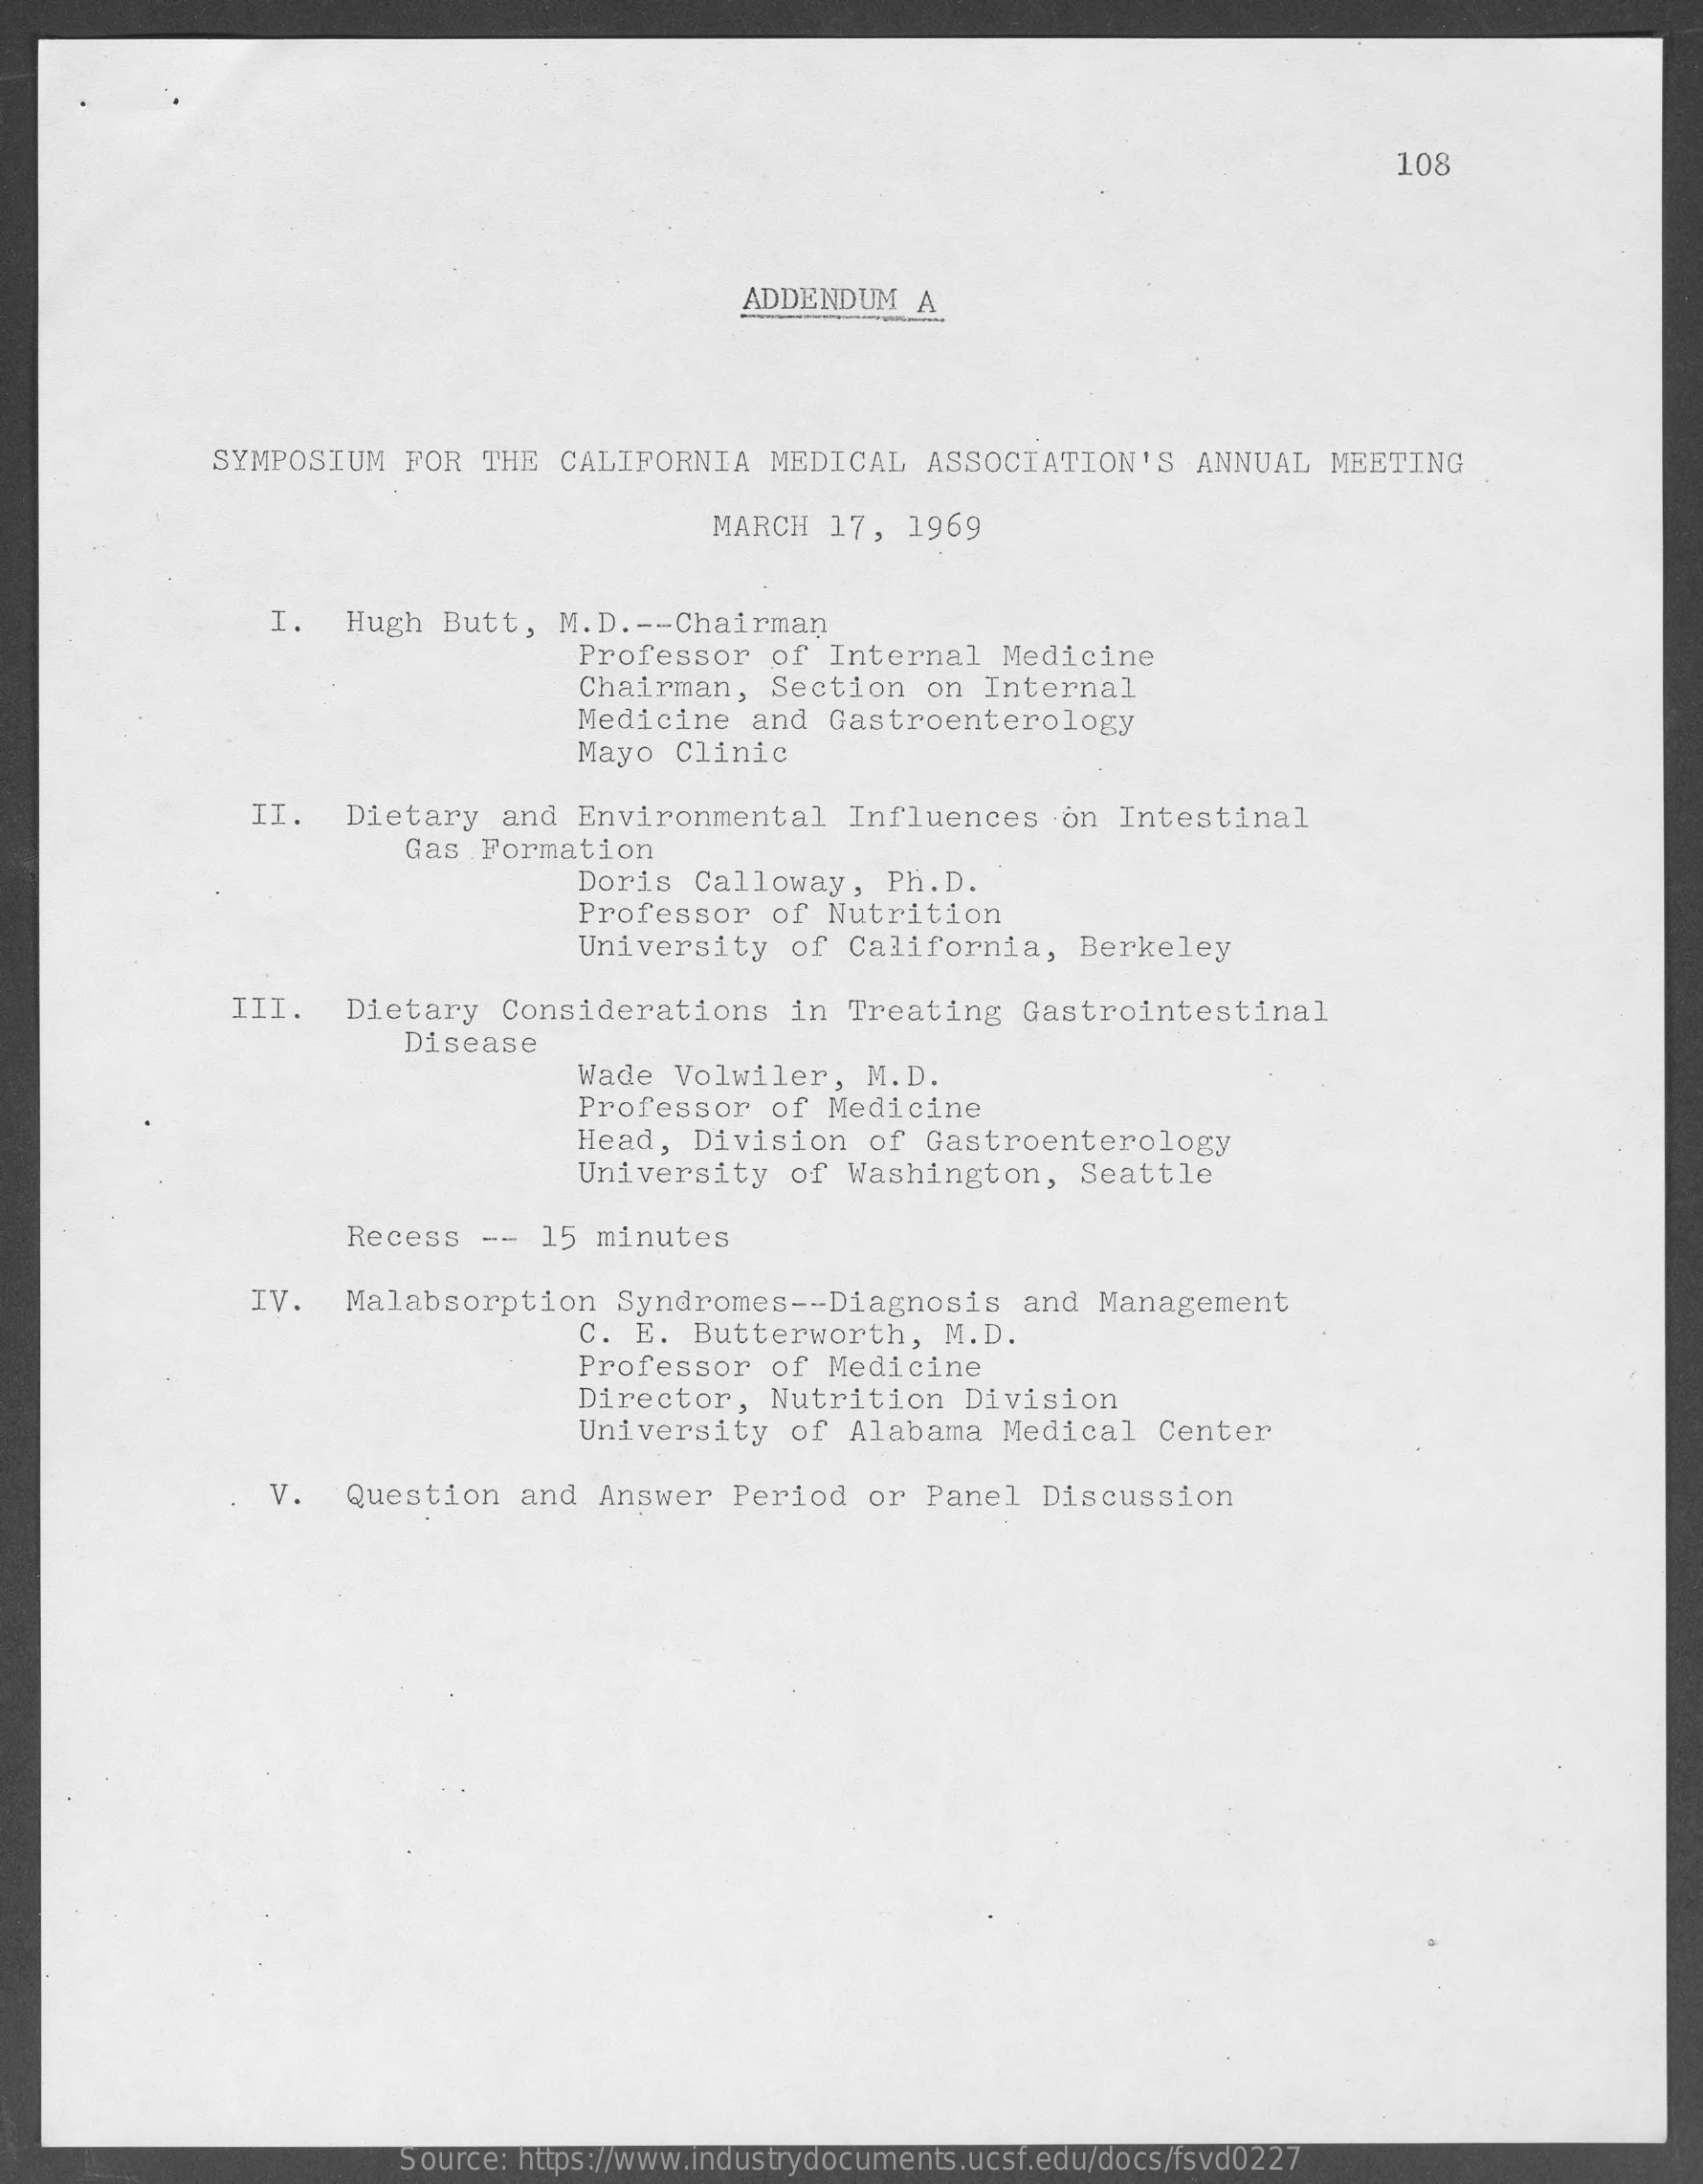
108
     ADDENDUM   A
     SYMPOSIUM   FOR   THE  CALIFORNIA   MEDICAL    ASSOCIATION'S    ANNUAL   MEETING
     MARCH  17,   1969
     I.   Hugh  Butt,  M.D  .-- Chairman
     Professor   of  Internal    Medicine
     Chairman,   Section    on Internal
     Medicine   and  Gastroenterology
     Mayo  Clinic
     II.   Dietary   and  Environmental    Influences    on Intestinal
     Gas  Formation
     Doris  Calloway,    Ph.D.
     Professor    of Nutrition
     University    of California,    Berkeley
     III.    Dietary   Considerations    in  Treating   Gastrointestinal
     Disease
     Wade  Volwiler,    M.D.
     Professor   of  Medicine
     Head,  Division    of Gastroenterology
     University    of Washington,    Seattle
     Recess   -- 15  minutes
     IV.  Malabsorption    Syndromes   -- Diagnosis   and  Management
     C. E.  Butterworth,    M.D.
     Professor   of  Medicine
     Director,   Nutrition    Division
     University    of Alabama    Medical   Center
     V.   Question   and  Answer   Period   or  Panel  Discussion
     Source: https://www.industrydocuments.ucsf.edu/docs/fsvd0227